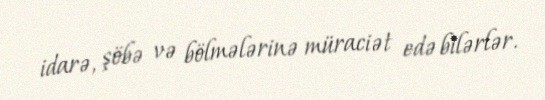
idarə, şöbə və bölmələrinə müraciət edə bilərlər.